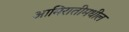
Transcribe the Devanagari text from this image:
आमिरातीमधील